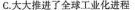
C.大大推进了全球工业化进程